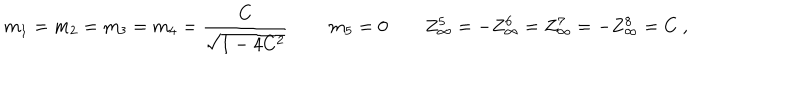
LaTeX: m _ { 1 } = m _ { 2 } = m _ { 3 } = m _ { 4 } = { \frac { C } { \sqrt { 1 - 4 C ^ { 2 } } } } \, \qquad m _ { 5 } = 0 \qquad Z _ { \infty } ^ { 5 } = - Z _ { \infty } ^ { 6 } = Z _ { \infty } ^ { 7 } = - Z _ { \infty } ^ { 8 } = C \ ,